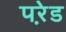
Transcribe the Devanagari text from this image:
परे़ड